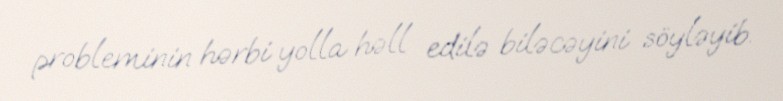
probleminin hərbi yolla həll edilə biləcəyini söyləyib.